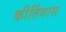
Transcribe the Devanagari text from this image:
कीर्तिवास